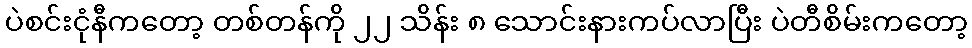
ပဲစင်းငုံနီကတော့ တစ်တန်ကို ၂၂ သိန်း ၈ သောင်းနားကပ်လာပြီး ပဲတီစိမ်းကတော့